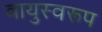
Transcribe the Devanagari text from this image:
वायुस्वरूप